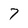
Character: 7